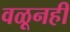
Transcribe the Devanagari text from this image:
वळूनही